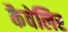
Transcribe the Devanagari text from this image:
कैवेलिर